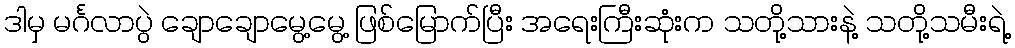
ဒါမှ မင်္ဂလာပွဲ ချောချောမွေ့မွေ့ ဖြစ်မြောက်ပြီး အရေးကြီးဆုံးက သတို့သားနဲ့ သတို့သမီးရဲ့